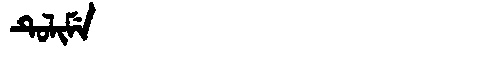
Manchu: ᡨᡠᠯᡳᠮᡝ
Romanization: TULIME